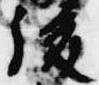
後